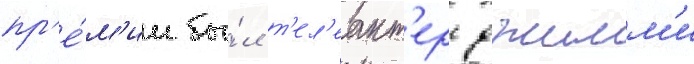
пр'е́м'ии бы́л т'ел'еакт'ер джимм'и